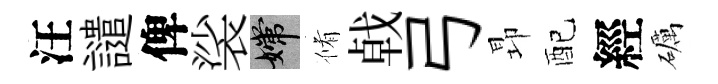
汪譴俾裟嫦脩㦸弓昻配經礪